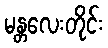
မန္တလေးတိုင်း